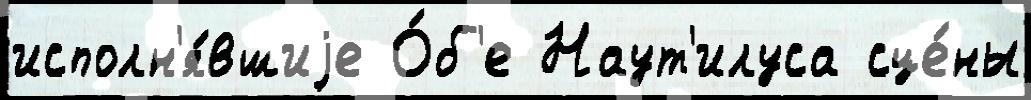
исполн'я́вшиjе О́б'е Наут'илуса сце́ны